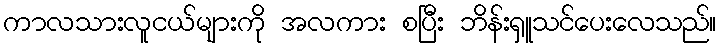
ကာလသားလူငယ်များကို အလကား စပြီး ဘိန်းရှူသင်ပေးလေသည်။